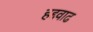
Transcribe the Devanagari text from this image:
हद्दवाढ